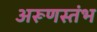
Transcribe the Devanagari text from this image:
अरूणस्तंभ